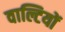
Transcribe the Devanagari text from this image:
वाल्टियों